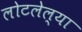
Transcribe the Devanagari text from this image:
लोटलेल्या